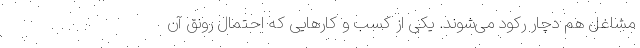
مشاغل هم دچار رکود می‌شوند. یکی از کسب و کارهایی که احتمال رونق آن